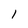
Character: 1